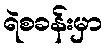
ရဲစခန်းမှာ